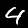
Digit: 4